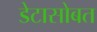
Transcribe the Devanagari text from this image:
डेटासोबत